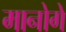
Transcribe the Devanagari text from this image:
मानोगे